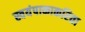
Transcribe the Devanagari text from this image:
स्वयंपाकाकरिता